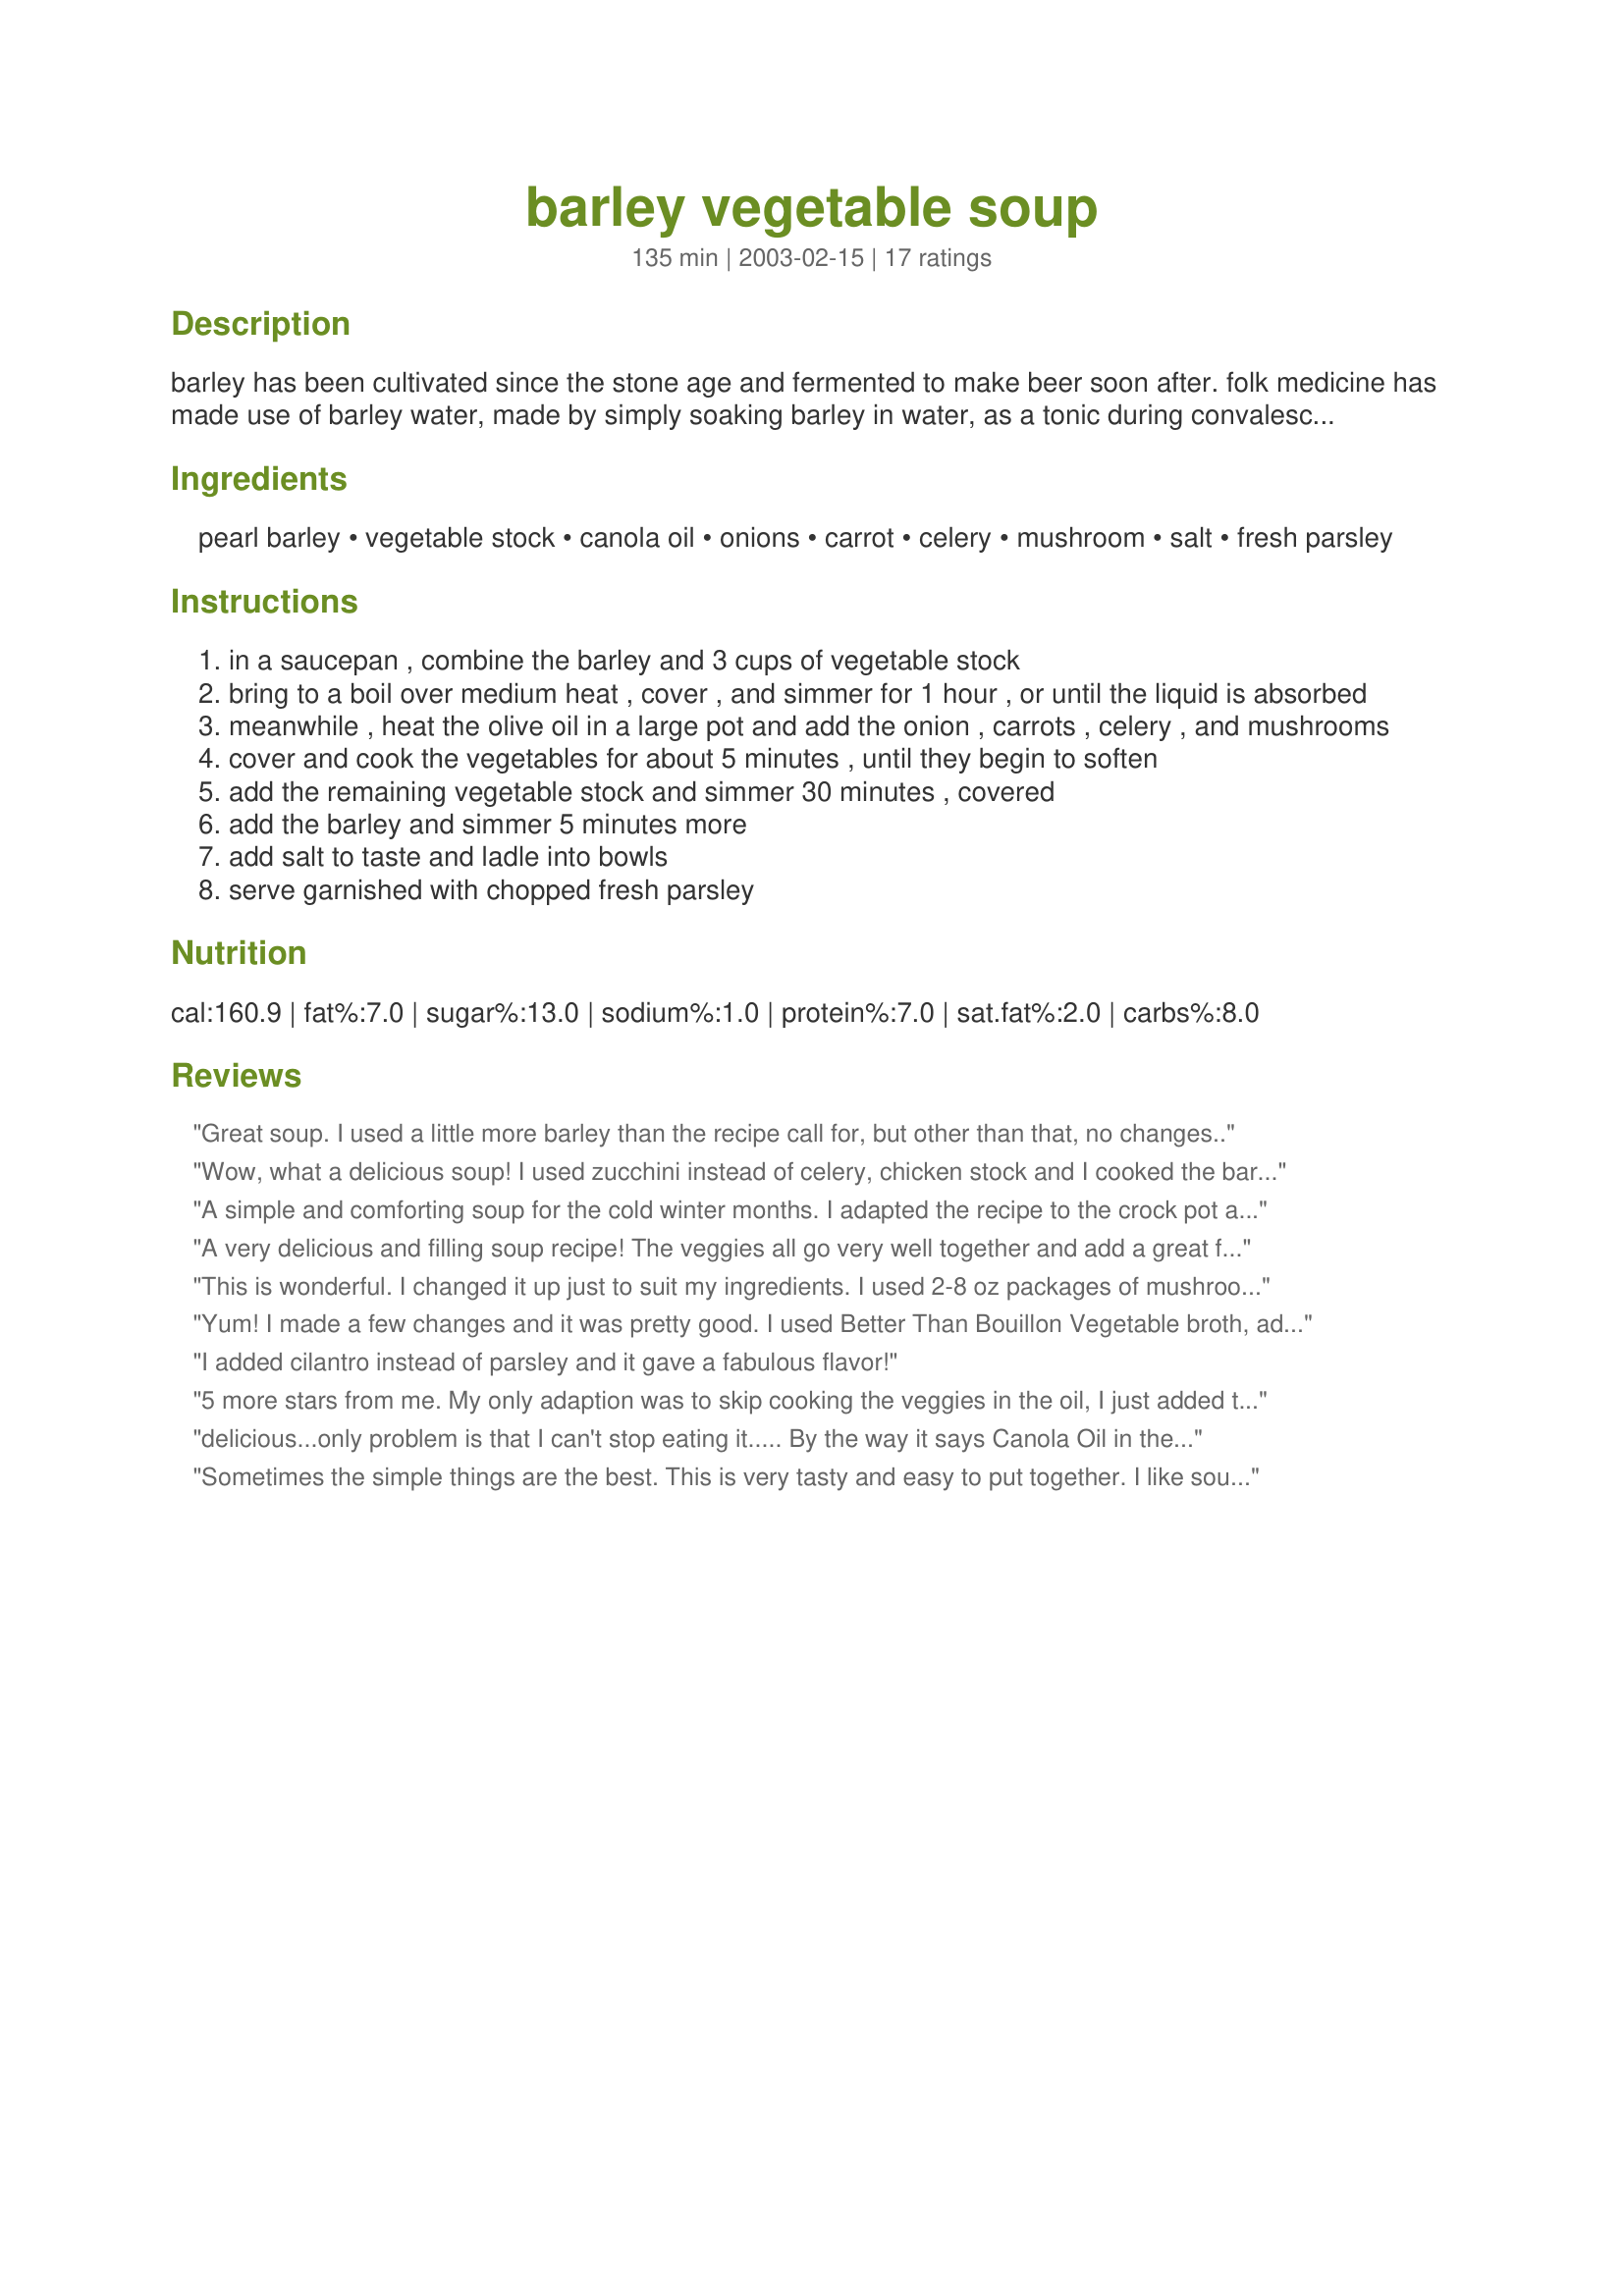
barley vegetable soup
Preparation time: 135 minutes

barley has been cultivated since the stone age and fermented to make beer soon after. folk medicine has made use of barley water, made by simply soaking barley in water, as a tonic during convalescence. "pearl" barley is the name of the grain when it's been polished, after the husk and bran have been removed. it's the form most commonly used in soups. this grain has one significant health advantage compared to most other cereal grains (oats and corn for example) it is very low on the glycemic index. enjoy this old fashioned, hearty soup!

Ingredients:
pearl barley, vegetable stock, canola oil, onions, carrot, celery, mushroom, salt, fresh parsley

Steps:
in a saucepan , combine the barley and 3 cups of vegetable stock
bring to a boil over medium heat , cover , and simmer for 1 hour , or until the liquid is absorbed
meanwhile , heat the olive oil in a large pot and add the onion , carrots , celery , and mushrooms
cover and cook the vegetables for about 5 minutes , until they begin to soften
add the remaining vegetable stock and simmer 30 minutes , covered
add the barley and simmer 5 minutes more
add salt to taste and ladle into bowls
serve garnished with chopped fresh parsley

Reviews:
Great soup. I used a little more barley than the recipe call for, but other than that, no changes..
Wow, what a delicious soup! I used zucchini instead of celery, chicken stock and I cooked the barley with the veggies (I used pre-cooked barley). I think you could make this soup with any veggies in the fridge and that's so wonderful about it!
A simple and comforting soup for the cold winter months. I adapted the recipe to the crock pot and was rewarded with a nice hot meal after working all day. Thanks Rita for sharing this recipe. *Photo Tag*
A very delicious and filling soup recipe! The veggies all go very well together and add a great flavour to the soup. Especially the mushrooms stand out. The barley makes this soup hearty and a perfect lunch that fills you up for the rest of the day.
My barley only took 40 minutes til fully cooked, but that didnt pose a problem as I decided to simmer the veggies shorter to have a firmer texture.
I dont think this soup needs extra seasoning, but some garlic or pepper could make for a nice addition.
I have to admit, my sis and me enjoyed this so much that we kept coming back for more and soon the soup had disappeared. :)
THANKS SO MUCH for sharing this amazing soup with us, ~Rita~! It is well worth the extra effort!
Made and reviewed for Veggie Swap #18 January 2010.
This is wonderful. I changed it up just to suit my ingredients. I used 2-8 oz packages of mushrooms, doubled the other vegetables and used quick barley. I skipped cooking the barley first and started by cooking my veggies. Then I added my vegetable broth and simmered the soup for about 20 minutes. I added the quick barley and cooked it for 15 more minutes, then let it sit for 5 minutes before serving. We all really enjoyed it.
Yum! I made a few changes and it was pretty good. I used Better Than Bouillon Vegetable broth, added zucchini, garlic, and Field Roast Apple Sage Sausage (vegan, it's amazing). As for the cooking method, I took PaulaG's idea and used my crock pot. I added the barley and most of the broth and let it cook on low for a little bit. Then I briefly sauteed all of the vegetables (including the garlic) for about 5 minutes. From there, I just added the rest of the broth and the vegetables to the cooker and let it cook for about 2-3 hours. At the very end I sliced up some sausage and added it. I will be making this again. Thanks for sharing the recipe!
I added cilantro instead of parsley and it gave a fabulous flavor!
5 more stars from me. My only adaption was to skip cooking the veggies in the oil, I just added them to the barley pot. I don't think that the recipe suffered any for it. All of the good things cooked in the vegetable broth was perfect. I think a light touch of garlic might be nice but certainly not essential. There is no parsley in the house so it had to go without this time.
delicious...only problem is that I can't stop eating it.....
By the way it says Canola Oil in the ingredients and olive oil in the preparation....
Sometimes the simple things are the best. This is very tasty and easy to put together. I like soup a bit more stew-like, so used just 8 cups of broth. I used extra carrots and celery and it is delicious! Thanks for posting.
This is a very hearty and delicious soup, and we all enjoyed it so much!
I served it with whole wheat buns and fresh cheese.
Thanks for great one!
I've never made barley soup before and this recipe was very straight forward and easy. I add a lot more veggies (brocolli, zuccini, red peppers, potatoes) which i highly recommend. it also really needs black pepper or some sort of pepper taste. we also used tabasco at the table (but we're sort of tabasco addicts!)
Very good low cal, low sodium soup that satisfies. I added larger quantities of veggies, used boxed broth and omitted the salt. Thanks for posting a healthy recipe.
made this one for the deli today. i did a few things differently. I added 2 bay leaves some chopped garlic, 2 cans of diced tomatoes and a very small bunch of spinach. I roasted the vegies first then just threw it all in the slow cooker.. turned out very well.. Thanks for a great recipe.
A delicious low-fat, healthy soup. I did add 1 tsp low-sodium chicken bouillon and sprayed Pam on skillet instead of using canola oil. Otherwise, I followed the recipe, and used stock from recipe #54127. Next time I may add a little meat.
What can I say but yummy, yummy, yummy! I made this for Zaar Chef Alphabet Soup tag game 2013 and for our lunch and what an easy and delicious soup. I did add kale (had some I needed to use), 1 potatoe diced, 2 small roma tomatoes chopped, 1/2 zucchini (needed to use that also) and some garlic and a bay leaf. You can add any thing you want and that's what is nice...especially when you need to clean out the fridge. Thank you for posting and I'm putting this in my Favorites of 2013.
Delish! I am a huge lover of veggie soup AND of barley, so I knew I couldn't go wrong with this recipe! I took the advice of Annacia and just threw all the veggie and barley in the broth, brought it up to a boil then decreased to a simmer for about 1 hour. Cooked to perfection! I added some spinach and a few tomatoes which were great. Next time I will use just a little less barley, but that's my preference. THANKS Rita :)
